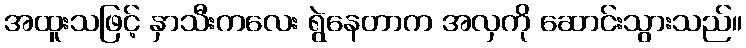
အထူးသဖြင့် နှာသီးကလေး ရွဲနေတာက အလှကို ဆောင်းသွားသည်။